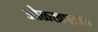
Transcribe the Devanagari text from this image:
ओळखपत्रात